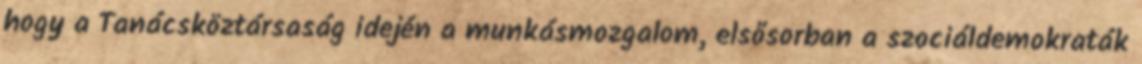
hogy a Tanácsköztársaság idején a munkásmozgalom, elsősorban a szociáldemokraták